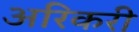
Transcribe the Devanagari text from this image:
अरिकरी